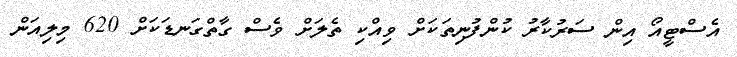
އެސްޓީއޯ އިން ސަރުކާރު ކުންފުނިތަކަށް ވިއްކި ތެލަށް ވެސް ގާތްގަނޑަކަށް 620 މިލިއަން